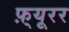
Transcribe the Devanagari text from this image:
फ़्यूरर